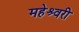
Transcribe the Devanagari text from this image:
महेश्र्वरी